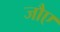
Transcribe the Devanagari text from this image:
जौए